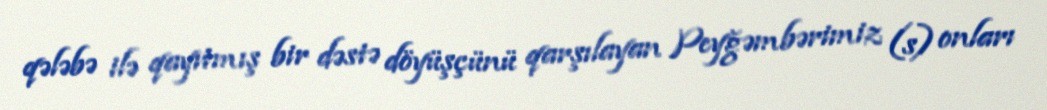
qələbə ilə qayıtmış bir dəstə döyüşçünü qarşılayan Peyğəmbərimiz (s) onları